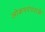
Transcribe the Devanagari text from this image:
लोकपरंपराके